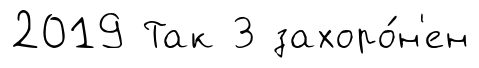
2019 Так З захоро́н'ен